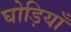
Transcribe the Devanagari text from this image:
घोड़ियाँ